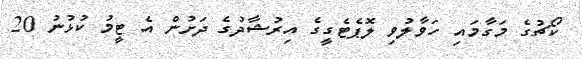
ކޯޗުގެ މަގާމައި ހަވާލުވި ލޮޕެޓެގީގެ އިރުޝާދުގެ ދަށުން އެ ޓީމު ކުޅުނު 20